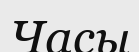
Часы